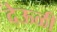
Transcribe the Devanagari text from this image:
देऊळी